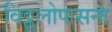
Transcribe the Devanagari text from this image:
विट्ठलोपासना